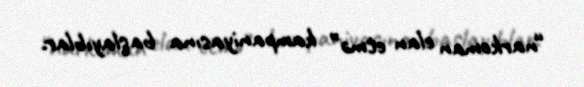
“narkoman elan etmə” kampaniyasına başlayıblar.